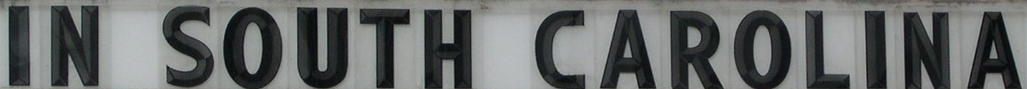
IN SOUTH CAROLINA